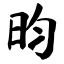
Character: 昀